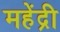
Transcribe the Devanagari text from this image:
महेंद्री